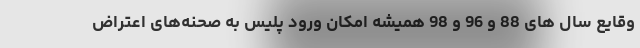
وقایع سال های 88 و 96 و 98 همیشه امکان ورود پلیس به صحنه‌های اعتراض